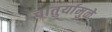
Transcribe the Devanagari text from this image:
चातुर्यामुळे